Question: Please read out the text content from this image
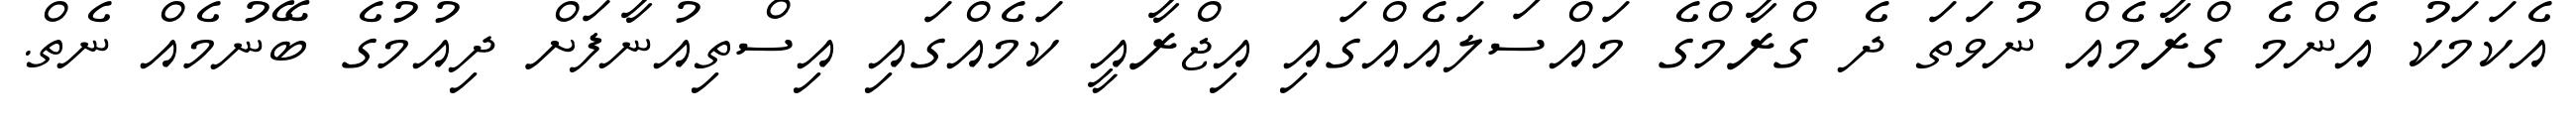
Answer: އެކަމަކު އެންމެ ގްރާމެއް ނުވަތަ ދެ ގްރާމްގެ މައްސަލައެއްގައި އިޖްރާއީ ކަމެއްގައި އިސްތިއުނާފަށް ދިއުމުގެ ބޭނުމެއް ނެތް.